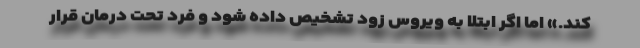
‌کند.» اما اگر ابتلا به ویروس زود تشخیص داده شود و فرد تحت درمان قرار